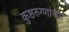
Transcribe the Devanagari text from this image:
कुष्ठरुग्णांच्या